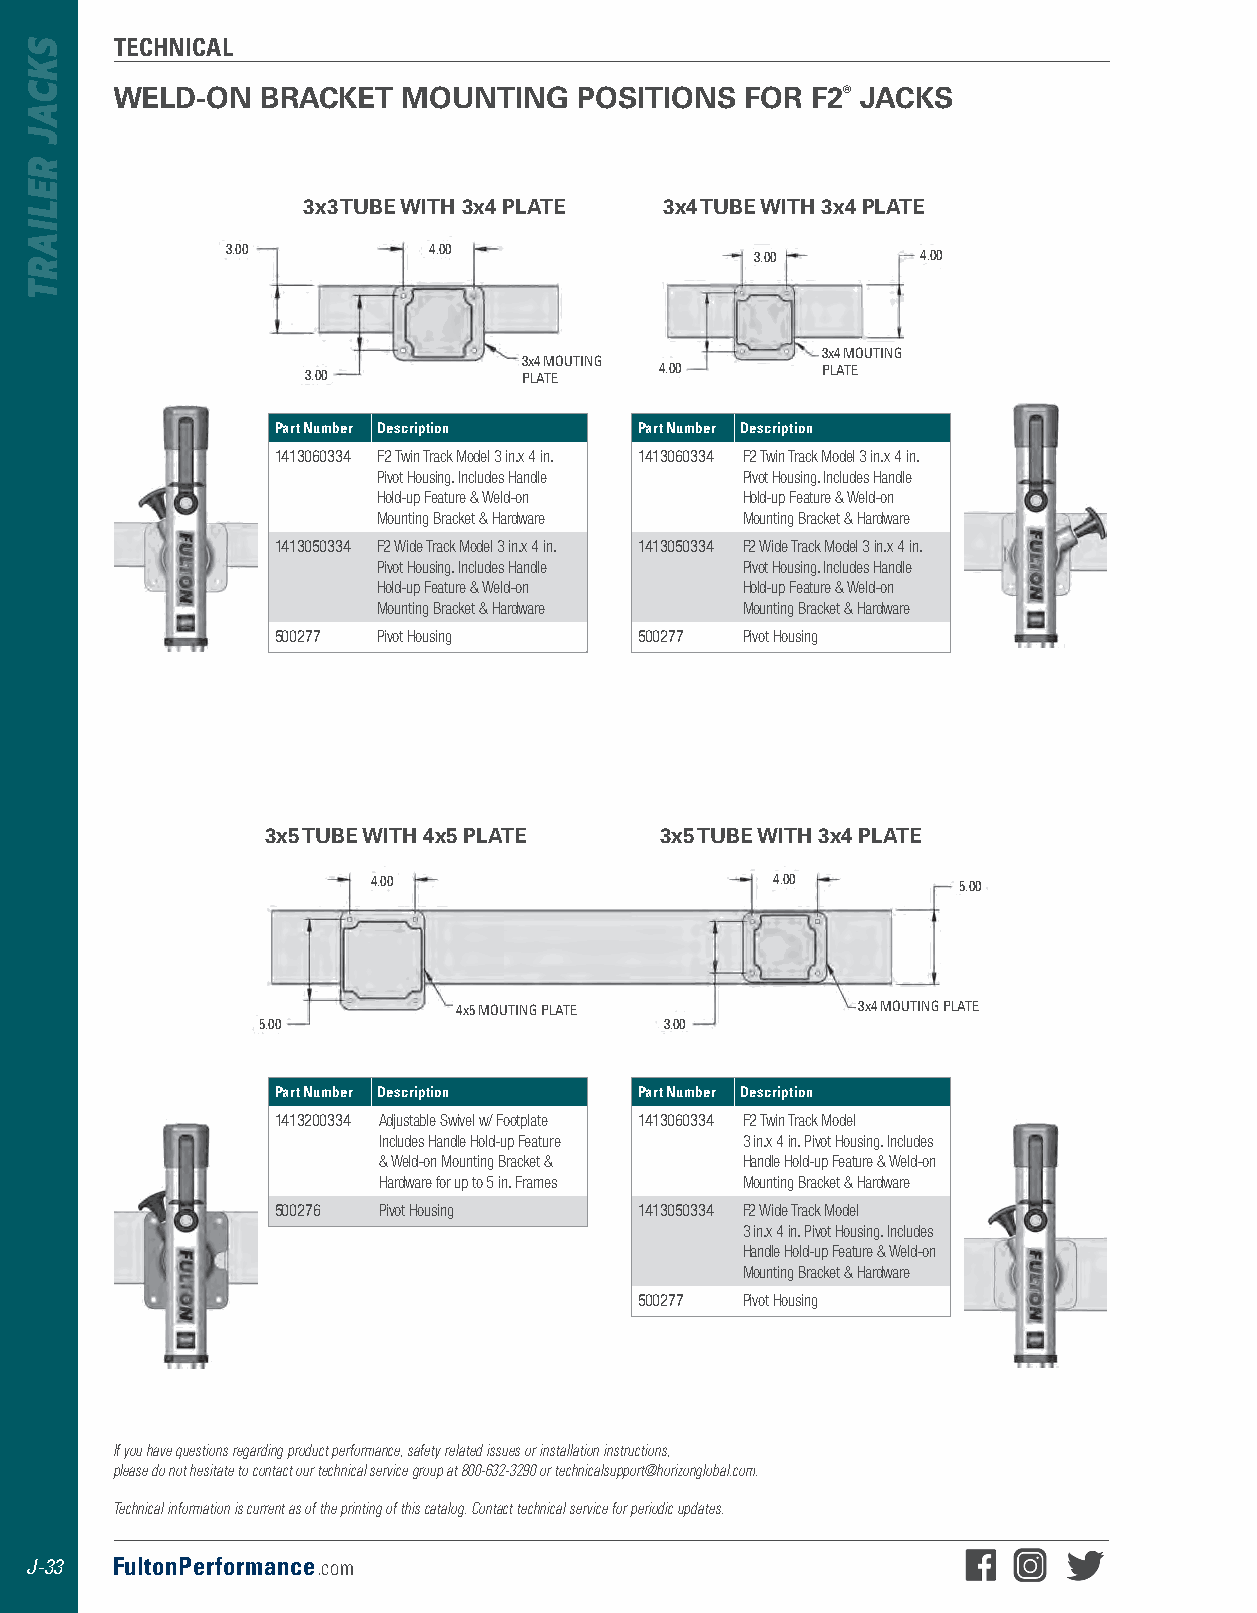
TECHNICAL
 WELD-ON   BRACKET   MOUNTING   POSITIONS  FOR  F2® JACKS
 3x3 TUBE WITH 3x4 PLATE 3x4 TUBE WITH 3x4 PLATE
 3 .00        4 .00                 3 .00      4 .00
 3x4 MOUTING
 3x4 MOUTING
 3 .00          PLATE    4 .00     PLATE
 Part Number Description Part Number Description
 1413060334 F2 Twin Track Model 3 in.x 4 in. 1413060334 F2 Twin Track Model 3 in.x 4 in.
 Pivot Housing. Includes Handle Pivot Housing. Includes Handle
 Hold-up Feature & Weld-on Hold-up Feature & Weld-on
 Mounting Bracket & Hardware Mounting Bracket & Hardware
 1413050334 F2 Wide Track Model 3 in.x 4 in. 1413050334 F2 Wide Track Model 3 in.x 4 in.
 Pivot Housing. Includes Handle Pivot Housing. Includes Handle
 Hold-up Feature & Weld-on Hold-up Feature & Weld-on
 Mounting Bracket & Hardware Mounting Bracket & Hardware
 500277 Pivot Housing    500277 Pivot Housing
 3x5 TUBE WITH 4x5 PLATE   3x5 TUBE WITH 3x4 PLATE
 4 .00                     4 .00       5 .00
 4x5 MOUTING PLATE          3x4 MOUTING PLATE
 5 .00                      3 .00
 Part Number Description Part Number Description
 1413200334 Adjustable Swivel w/ Footplate 1413060334 F2 Twin Track Model
 Includes Handle Hold-up Feature 3 in.x 4 in. Pivot Housing. Includes
 & Weld-on Mounting Bracket & Handle Hold-up Feature & Weld-on
 Hardware for up to 5 in. Frames Mounting Bracket & Hardware
 500276 Pivot Housing    1413050334 F2 Wide Track Model
 3 in.x 4 in. Pivot Housing. Includes
 Handle Hold-up Feature & Weld-on
 Mounting Bracket & Hardware
 500277 Pivot Housing
 If you have questions regarding product performance, safety related issues or installation instructions,
 please do not hesitate to contact our technical service group at 800-632-3290 or technicalsupport@horizonglobal.com.
 Technical information is current as of the printing of this catalog. Contact technical service for periodic updates.
 J-33 FultonPerformance.com
 SKCAJ
 RELIART